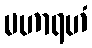
မဟာရဟံ